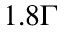
1 . 8 \Gamma